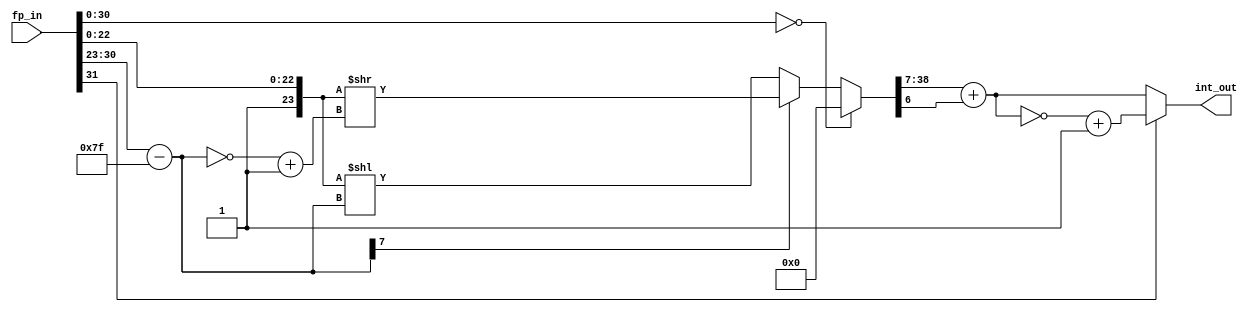
module flt_fx_rnd
	(
	input	[31:0]	fp_in,         
	output reg [31:0] int_out      
	);
wire    [7:0]   bias_exp;       
wire    [7:0]   bias_exp2;      
wire    [39:0]  fixed_out2;     
wire    [47:0]  bias_mant;      
reg     [38:0]  int_fixed_out;
reg    [31:0]  fixed_out;
assign bias_mant = {25'h0001, fp_in[22:0]};
assign bias_exp = fp_in[30:23] - 'd127;
assign bias_exp2 = ~bias_exp + 1;
always @* begin
  	if (fp_in[30:0] == 31'b0) int_fixed_out = 0;
	else if (bias_exp[7]) int_fixed_out = bias_mant >> bias_exp2;
	else int_fixed_out = bias_mant << bias_exp;
	fixed_out = int_fixed_out[38:7] + int_fixed_out[6];
	int_out = (fp_in[31]) ? ~fixed_out + 1 : fixed_out;
end
endmodule